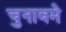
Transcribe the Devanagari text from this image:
चुनावमे